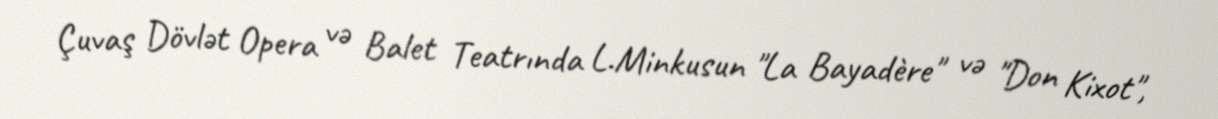
Çuvaş Dövlət Opera və Balet Teatrında L.Minkusun "La Bayadère" və "Don Kixot",